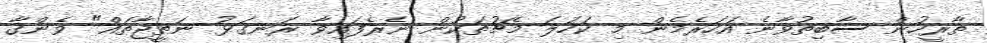
ތާރީހުން ސާބިތުވާނެ އަހަރެމެން މި ކަހަލަ މެޗުތަކުން ނެރެފައިވާ ރަނގަޅު ނަތީޖާތައް" ވެންގާ